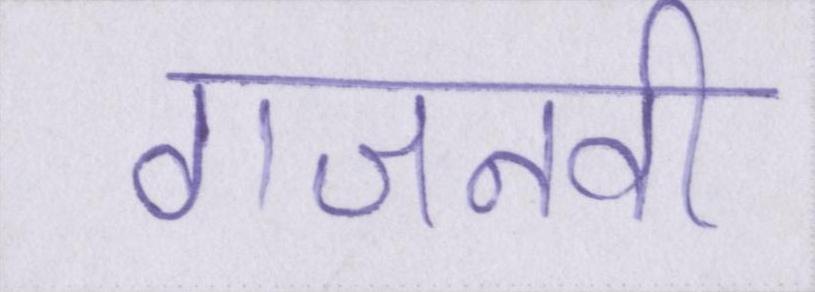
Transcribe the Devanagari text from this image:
गजनवी